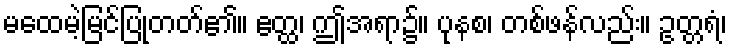
မထေမဲ့မြင်ပြုတတ်၏။ ဧတ္ထ၊ ဤအရာ၌။ ပုနစ၊ တစ်ဖန်လည်း။ ဥတ္တရံ၊